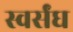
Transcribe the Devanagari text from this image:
स्वर्संघ